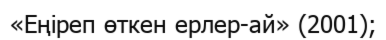
«Еңіреп өткен ерлер-ай» (2001);